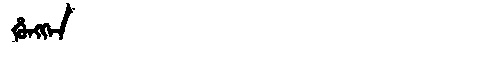
Manchu: ᡥᡠᠩᡴᡝᠨ
Romanization: HUNGKEN